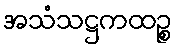
အသံသဋ္ဌကထဉ္စ